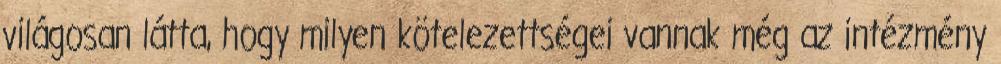
világosan látta, hogy milyen kötelezettségei vannak még az intézmény